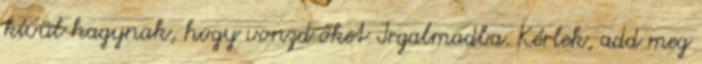
kívül hagynak, hogy vonzd őket Irgalmadba. Kérlek, add meg